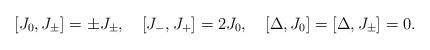
LaTeX: \begin{align*}[J_0,J_\pm]=\pm J_\pm,\quad [J_-,J_+]=2J_0,\quad[\Delta,J_0]=[\Delta,J_\pm]=0.\end{align*}